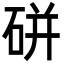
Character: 硑